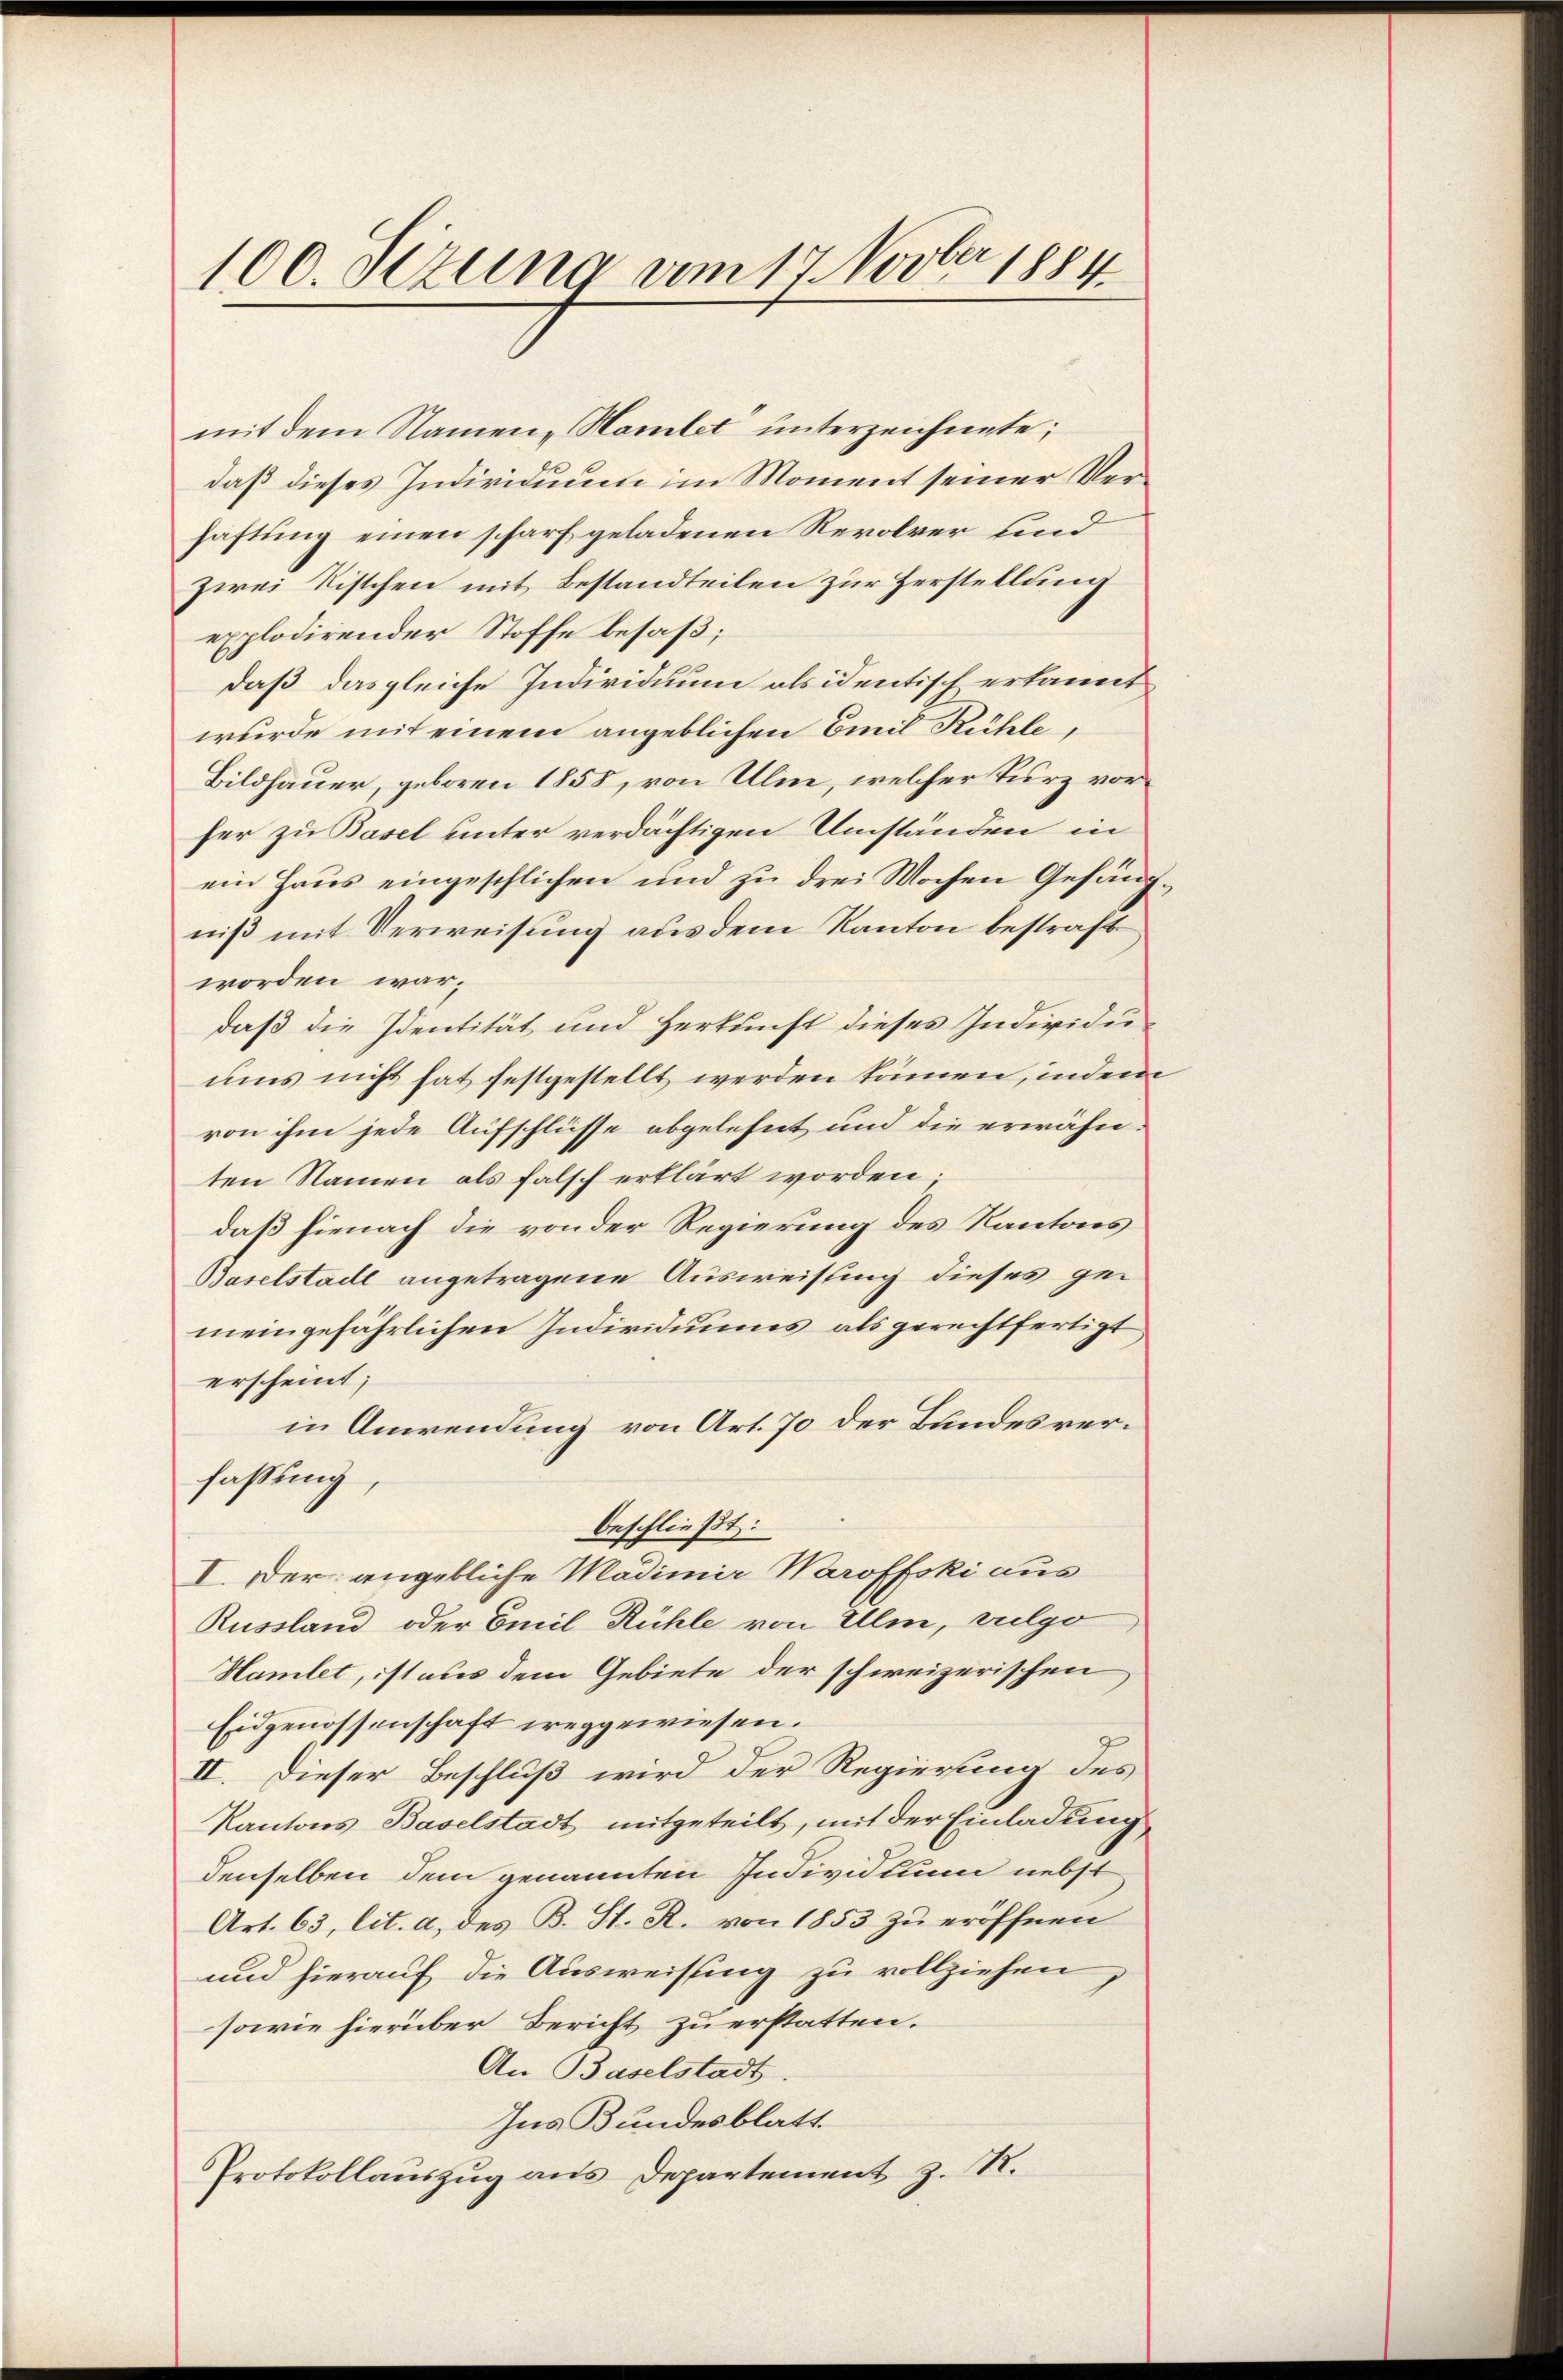
e
100. Sitzung vom 17. Nov. 1884

mit dem Namen-Hamlet unterzeichnete;
daß dieses Individuum im Moment seiner Verhaftung einen scharf geladenen Revolver und
zwei Ristchen mit Bestandteilen zur Herstellung
explodirender Stoffe besaß;
daß das gleiche Individuum als identisch erkannt
wurde mit einem angeblichen Emil Kühle,
Bildhauer, geboren 1858, von Ulm, welcher kurz vorher zu Basel unter verdächtigen Umständen in
ein Haus eingeschlichen und zu drei Wochen Gesung
niß mit Verweisung aus dem Kanton bestraft
worden war.
daß die Identität und Herkunft dieses Individuums nicht hat festgestellt werden können, indem
von ihm jede Aufschlüsse abgelehnt und die erwähnten Namen als falsch erklärt worden.
daß hienach die von der Regierung des Kantons
Baselstadl angetragene Ausweisung dieses gemeingefährlichen Individuums als gerechtfertigt
erscheint;
in Anwendung von Art. 70 der Bundesverfassung,
beschließt:
I. Der angebliche Madimir Waroffski aus
Russland oder Emil Rühle von Ulm, vulgo
Hamlet, ist aus dem Gebiete der schweizerischen
Eidgenossenschaft weggewiesen.
II. Dieser Beschluß wird der Regierung des
Kantons Baselstadt mitgeteilt, mit der Einladung
denselben dem genannten Individuum nebst
Art. 63, lit. a, des B. St. R. von 1853 zu eröffnen
und hierauf die Ausweisung zu vollziehen,
sowie hierüber Bericht zu erstatten.
An Baselstadt
Ins Bundesblatt
Protokollauszug aus Departement z. R.